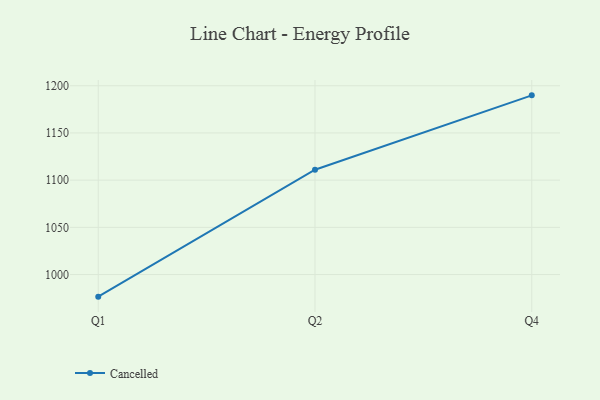
{"axis": {"x": "Quarter", "y": "Market Share (%)"}, "legend": ["Cancelled"], "data": [{"x": "Q1", "y": 976.6, "type": "Cancelled"}, {"x": "Q2", "y": 1111.0, "type": "Cancelled"}, {"x": "Q4", "y": 1189.8, "type": "Cancelled"}]}